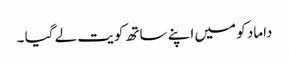
داماد کو میں اپنے ساتھ کویت لے گیا ۔